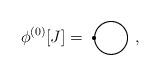
LaTeX: \begin{align*}\phi^{(0)}[J]=\setlength{\unitlength}{1mm}\begin{picture}(12,10)\thicklines\put(6,1){\circle{8}}\put(1.75,1){\circle*{1}}\end{picture} ,\end{align*}